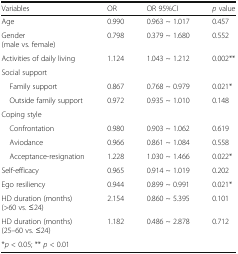
| Variables | OR | OR 95%CI | p value |
 | --- | --- | --- | --- |
 | Age | 0.990 | 0.963 ~ 1.017 | 0.457 |
 | Gender(male vs. female) | 0.798 | 0.379 ~ 1.680 | 0.552 |
 | Activities of daily living | 1.124 | 1.043 ~ 1.212 | 0.002** |
 | Social support |  |  |  |
 | Family support | 0.867 | 0.768 ~ 0.979 | 0.021* |
 | Outside family support | 0.972 | 0.935 ~ 1.010 | 0.148 |
 | Coping style |  |  |  |
 | Confrontation | 0.980 | 0.903 ~ 1.062 | 0.619 |
 | Aviodance | 0.966 | 0.861 ~ 1.084 | 0.558 |
 | Acceptance-resignation | 1.228 | 1.030 ~ 1.466 | 0.022* |
 | Self-efficacy | 0.965 | 0.914 ~ 1.019 | 0.202 |
 | Ego resiliency | 0.944 | 0.899 ~ 0.991 | 0.021* |
 | HD duration (months)(>60 vs. ≤24) | 2.154 | 0.860 ~ 5.395 | 0.101 |
 | HD duration (months)(25–60 vs. ≤24) | 1.182 | 0.486 ~ 2.878 | 0.712 |
 | <COLSPAN=4> *p < 0.05; ** p < 0.01 |